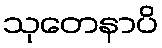
သုတေနာပိ